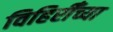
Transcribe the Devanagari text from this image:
विहिरीँच्या